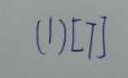
( 1 ) [ 7 ]